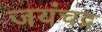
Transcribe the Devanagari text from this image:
जयंचद्र